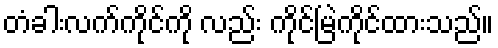
တံခါးလက်ကိုင်ကို လည်း ကိုင်မြဲကိုင်ထားသည်။